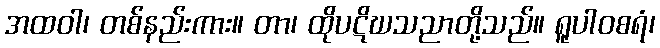
အထဝါ၊ တစ်နည်းကား။ တာ၊ ထိုပဋိဃသညာတို့သည်။ ရူပါဝစရံ၊